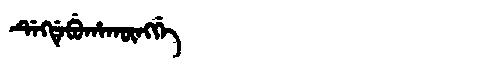
Manchu: ᡩᡝᡴᡩᡝᠪᡠᡥᠠᡴᡡᠩᡤᡝ
Romanization: DEKDEBUHAKŪNGGE